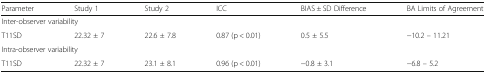
| Parameter | Study 1 | Study 2 | ICC | BIAS ± SD Difference | BA Limits of Agreement |
 | --- | --- | --- | --- | --- | --- |
 | <COLSPAN=6> Inter-observer variability |
 | T11SD | 22.32 ± 7 | 22.6 ± 7.8 | 0.87 (p < 0.01) | 0.5 ± 5.5 | −10.2 – 11.21 |
 | <COLSPAN=6> Intra-observer variability |
 | T11SD | 22.32 ± 7 | 23.1 ± 8.1 | 0.96 (p < 0.01) | −0.8 ± 3.1 | −6.8 – 5.2 |